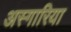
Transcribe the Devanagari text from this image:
अस्गारिया